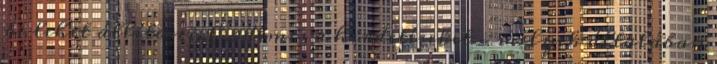
be lehet állítani. Érdemes a hirdetéseket — melyek általában